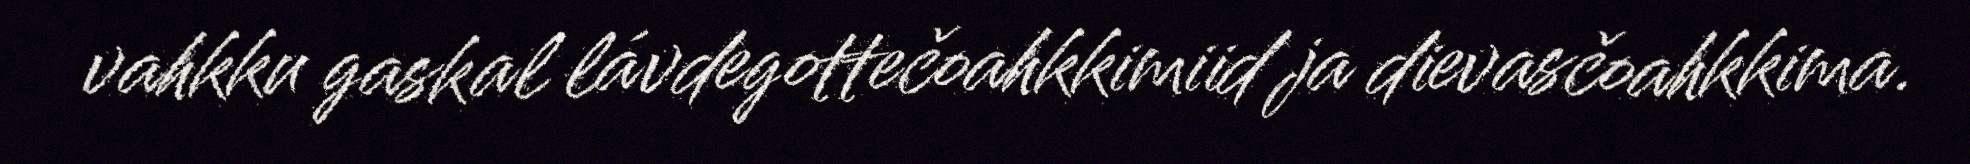
vahkku gaskal lávdegottečoahkkimiid ja dievasčoahkkima.